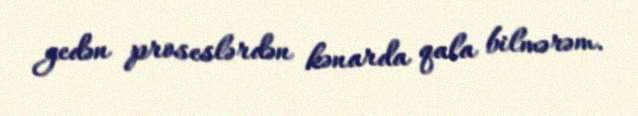
gedən proseslərdən kənarda qala bilmərəm.